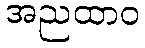
အညထာဝ